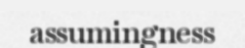
assumingness